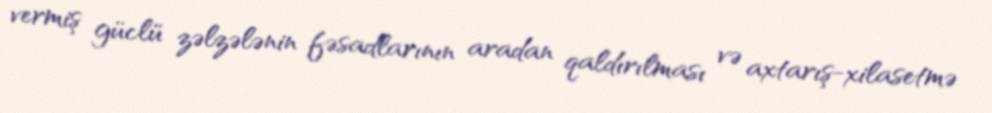
vermiş güclü zəlzələnin fəsadlarının aradan qaldırılması və axtarış-xilasetmə